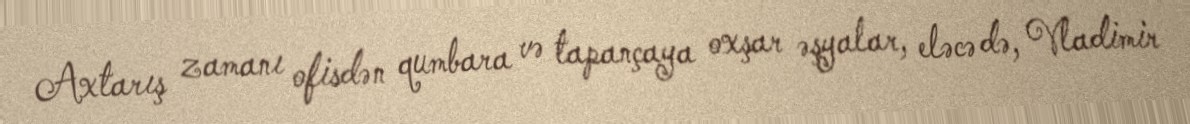
Axtarış zamanı ofisdən qumbara və tapançaya oxşar əşyalar, eləcə də, Vladimir